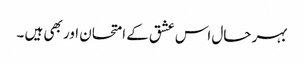
بہر حال اس عشق کے امتحان اور بھی ہیں ۔